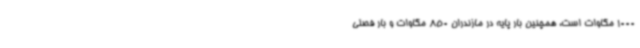
1000 مگاوات است، همچنین بار پایه در مازندران 850 مگاوات و بار فصلی